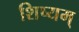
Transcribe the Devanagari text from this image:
शिष्यम्